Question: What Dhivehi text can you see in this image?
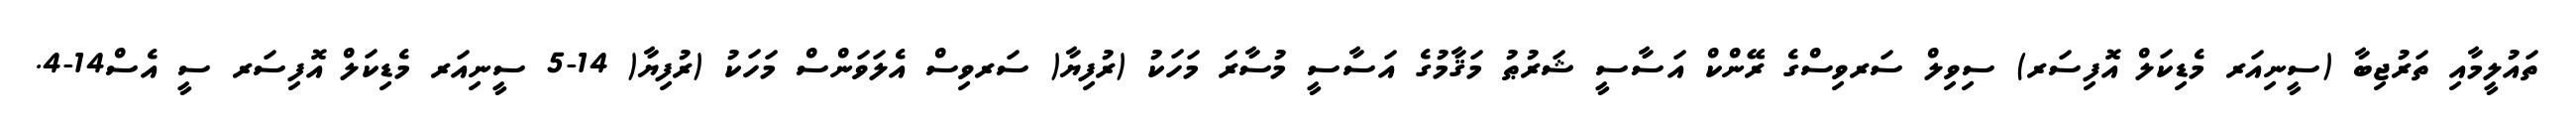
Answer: ތައުލީމާއި ތަރުޖިބާ (ސީނިއަރ މެޑިކަލް އޮފިސަރ) ސިވިލް ސަރވިސްގެ ރޭންކް އަސާސީ ޝަރުޠު މަޤާމުގެ އަސާސީ މުސާރަ މަހަކު (ރުފިޔާ( ސަރވިސް އެލަވަންސް މަހަކު (ރުފިޔާ( 14-5 ސީނިއަރ މެޑިކަލް އޮފިސަރ ސީ އެސް14-4.